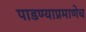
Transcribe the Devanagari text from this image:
पाडण्याप्रमाणेच